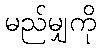
မည်မျှကို